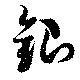
銀